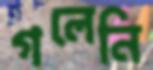
গলেনি